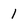
Character: l